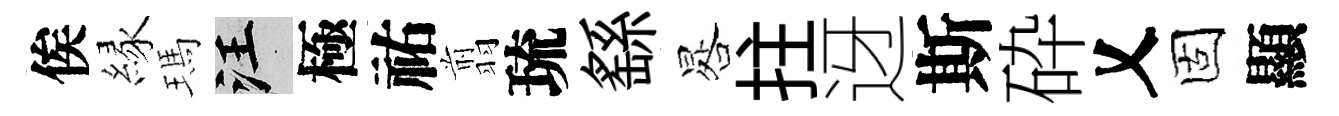
俟縁瑪汪極祐翦琉繇晷拄迓斯砕乂固顯